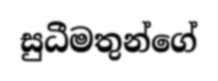
සුධීමතුන්ගේ